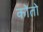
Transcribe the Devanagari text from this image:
कोतो